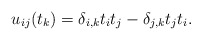
\begin{gather*}u_{ij}(t_k)= \delta_{i,k} t_i t_j - \delta_{j,k} t_j t_i.\end{gather*}